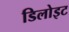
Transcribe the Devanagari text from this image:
डिलोइट